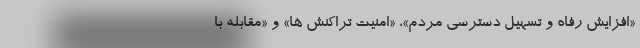
«افزایش رفاه و تسهیل دسترسی مردم»، «امنیت تراکنش ها» و «مقابله با